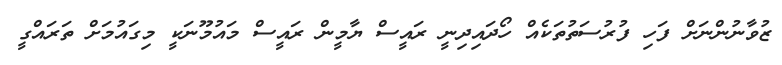
ޒުވާނުންނަށް ފަހި ފުރުސަތުތަކެއް ހޯދައިދިނީ ރައީސް ޔާމީން ރައީސް މައުމޫނަކީ މިގައުމަށް ތަރައްގީ